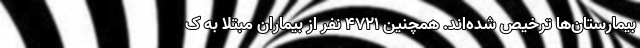
بیمارستان‌ها ترخیص شده‌اند. همچنین ۴۷۲۱ نفر از بیماران مبتلا به ک